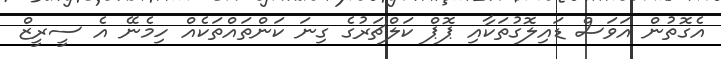
އެގޮތުން އަވަސް ޑައިލޮގުތަކާއި ޕޮޕް ކަލްޗަރުގެ ގިނަ ކަންތައްތަކެއް ހިމެނޭ އެ ސީރީޒް